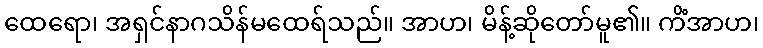
ထေရော၊ အရှင်နာဂသိန်မထေရ်သည်။ အာဟ၊ မိန့်ဆိုတော်မူ၏။ ကိံအာဟ၊